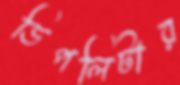
ডিপলিটার